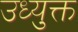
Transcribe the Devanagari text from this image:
उध्युक्त